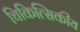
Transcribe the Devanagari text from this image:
चिकित्सिकीय